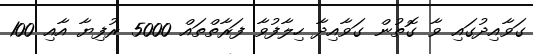
ގަވާއިދުގައި ވާ ގޮތުން ގަވާއިދާ ހިލާފުވާ ފަރާތްތައް 5000 ރުފިޔާ އާއި 100